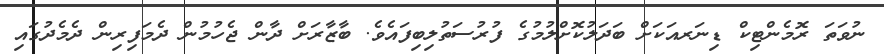
ނުވަތަ ރޮމެންޓިކް ޑިނަރއަކަށް ބަދަލުކޮށްލުމުގެ ފުރުސަތުލިބިފައެވެ. ބާޒާރަށް ދާން ޖެހުމުން ދެމަފިރިން ދެމެދުގައި